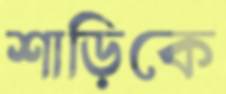
শাড়িকে